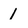
Character: 1